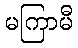
မကြာမီ